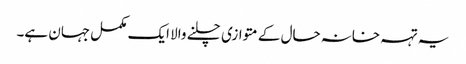
یہ تہہ خانہ حال کے متوازی چلنے والا ایک مکمل جہان ہے۔